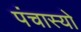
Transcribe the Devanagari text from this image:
पंचास्यो